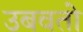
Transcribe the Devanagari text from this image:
उबवतो